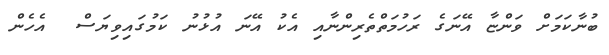
ބުނާކަމަށް ވަންޏާ އޭނަގެ ރަހުމަތްތެރިންނާއި އެކު އޭނަ އުޅުނު ކަމުގައިވިޔަސް  އެހެން